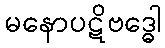
မနောပဋိဗဒ္ဓေါ